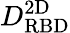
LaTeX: D_{\mathrm{RBD}}^{\mathrm{2D}}